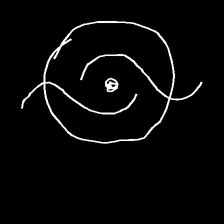
Glyph: repetition